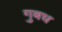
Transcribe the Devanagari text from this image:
गुबध